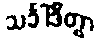
သင်္ခါဒိတွာ